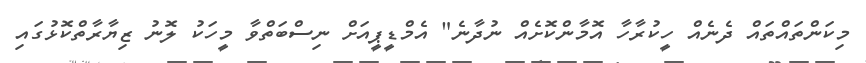
މިކަންތައްތައް ދެނެއް ހީކުރާހާ އޮމާންކޮށެއް ނުދާނެ" އެމްޑީޕީއަށް ނިސްބަތްވާ މީހަކު ލޮނު ޒިޔާރާތްކޮޅުގައި